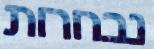
נבחרות